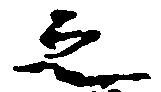
之